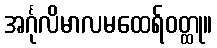
အင်္ဂုလိမာလမထေရ်ဝတ္ထု။